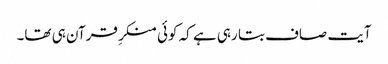
آیت صاف بتا رہی ہے کہ کوئی منکرِ قرآن ہی تھا۔